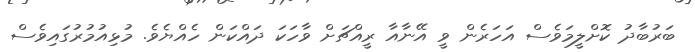
ބަރުބާދު ކޮށްލީމަވެސް އަހަރެން ވީ އޭނާއާ ރީއްޗަށް ވާހަކަ ދައްކަން ހެއްޔެވެ. މުޅިއުމުރުގައިވެސް